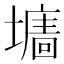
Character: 𡒅